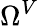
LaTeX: \Omega^{V}